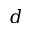
d